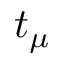
t _ { \mu }